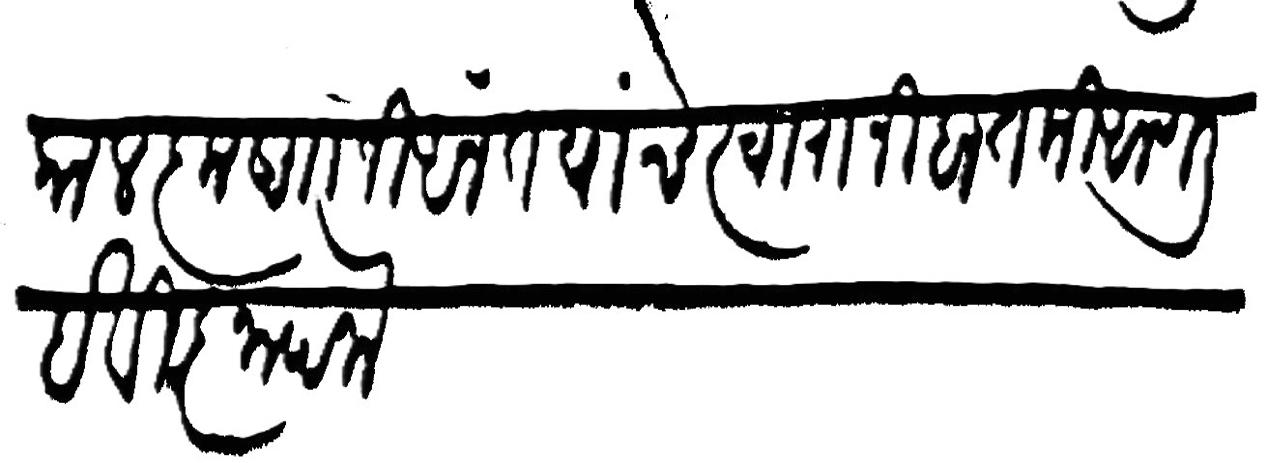
Transliteration (Devanagari): काल कृष्णाजी अनंत यांचे स्वारानी बातमी आणली हे विज्ञापना